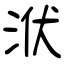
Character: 洑